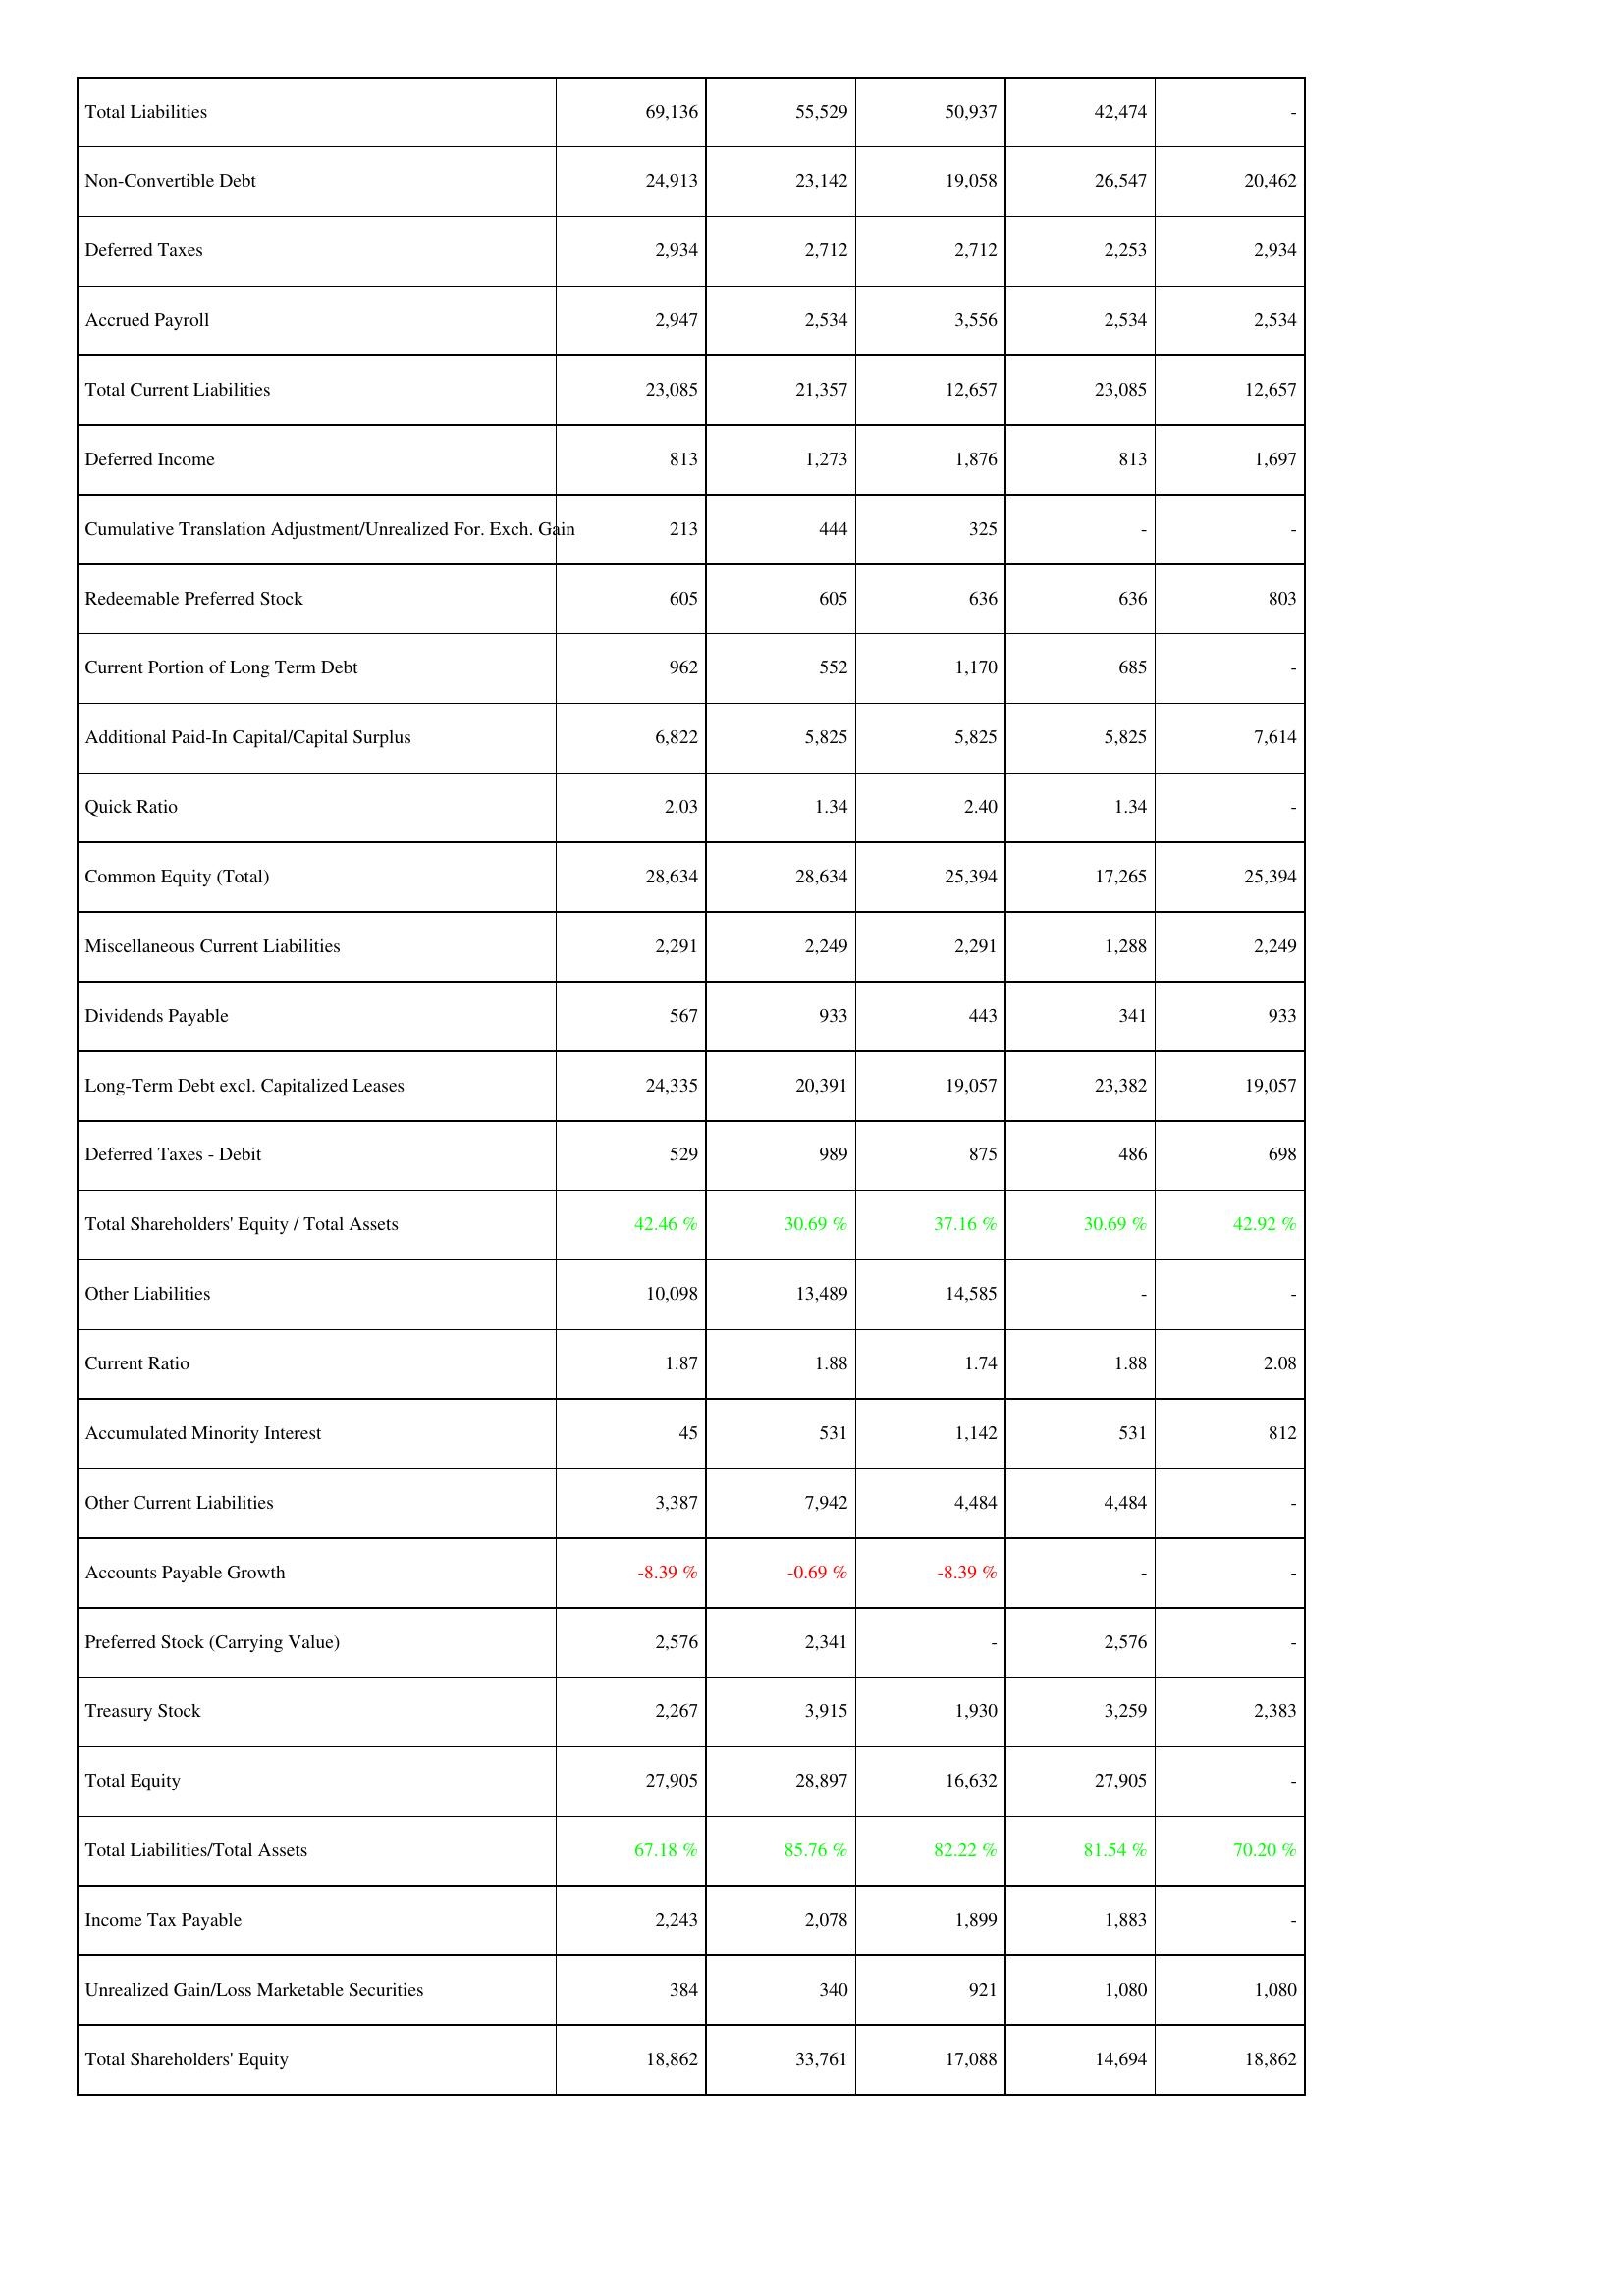
2008: Liabilities & Shareholders' Equity: Total Liabilities: 69,136
Non-Convertible Debt: 24,913
Deferred Taxes: 2,934
Accrued Payroll: 2,947
Total Current Liabilities: 23,085
Deferred Income: 813
Cumulative Translation Adjustment/Unrealized For. Exch. Gain: 213
Redeemable Preferred Stock: 605
Current Portion of Long Term Debt: 962
Additional Paid-In Capital/Capital Surplus: 6,822
Quick Ratio: 2.03
Common Equity (Total): 28,634
Miscellaneous Current Liabilities: 2,291
Dividends Payable: 567
Long-Term Debt excl. Capitalized Leases: 24,335
Deferred Taxes - Debit: 529
Total Shareholders' Equity / Total Assets: 42.46 %
Other Liabilities: 10,098
Current Ratio: 1.87
Accumulated Minority Interest: 45
Other Current Liabilities: 3,387
Accounts Payable Growth: -8.39 %
Preferred Stock (Carrying Value): 2,576
Treasury Stock: 2,267
Total Equity: 27,905
Total Liabilities/Total Assets: 67.18 %
Income Tax Payable: 2,243
Unrealized Gain/Loss Marketable Securities: 384
Total Shareholders' Equity: 18,862
2009: Liabilities & Shareholders' Equity: Total Liabilities: 55,529
Non-Convertible Debt: 23,142
Deferred Taxes: 2,712
Accrued Payroll: 2,534
Total Current Liabilities: 21,357
Deferred Income: 1,273
Cumulative Translation Adjustment/Unrealized For. Exch. Gain: 444
Redeemable Preferred Stock: 605
Current Portion of Long Term Debt: 552
Additional Paid-In Capital/Capital Surplus: 5,825
Quick Ratio: 1.34
Common Equity (Total): 28,634
Miscellaneous Current Liabilities: 2,249
Dividends Payable: 933
Long-Term Debt excl. Capitalized Leases: 20,391
Deferred Taxes - Debit: 989
Total Shareholders' Equity / Total Assets: 30.69 %
Other Liabilities: 13,489
Current Ratio: 1.88
Accumulated Minority Interest: 531
Other Current Liabilities: 7,942
Accounts Payable Growth: -0.69 %
Preferred Stock (Carrying Value): 2,341
Treasury Stock: 3,915
Total Equity: 28,897
Total Liabilities/Total Assets: 85.76 %
Income Tax Payable: 2,078
Unrealized Gain/Loss Marketable Securities: 340
Total Shareholders' Equity: 33,761
2010: Liabilities & Shareholders' Equity: Total Liabilities: 50,937
Non-Convertible Debt: 19,058
Deferred Taxes: 2,712
Accrued Payroll: 3,556
Total Current Liabilities: 12,657
Deferred Income: 1,876
Cumulative Translation Adjustment/Unrealized For. Exch. Gain: 325
Redeemable Preferred Stock: 636
Current Portion of Long Term Debt: 1,170
Additional Paid-In Capital/Capital Surplus: 5,825
Quick Ratio: 2.40
Common Equity (Total): 25,394
Miscellaneous Current Liabilities: 2,291
Dividends Payable: 443
Long-Term Debt excl. Capitalized Leases: 19,057
Deferred Taxes - Debit: 875
Total Shareholders' Equity / Total Assets: 37.16 %
Other Liabilities: 14,585
Current Ratio: 1.74
Accumulated Minority Interest: 1,142
Other Current Liabilities: 4,484
Accounts Payable Growth: -8.39 %
Preferred Stock (Carrying Value): -
Treasury Stock: 1,930
Total Equity: 16,632
Total Liabilities/Total Assets: 82.22 %
Income Tax Payable: 1,899
Unrealized Gain/Loss Marketable Securities: 921
Total Shareholders' Equity: 17,088
2011: Liabilities & Shareholders' Equity: Total Liabilities: 42,474
Non-Convertible Debt: 26,547
Deferred Taxes: 2,253
Accrued Payroll: 2,534
Total Current Liabilities: 23,085
Deferred Income: 813
Cumulative Translation Adjustment/Unrealized For. Exch. Gain: -
Redeemable Preferred Stock: 636
Current Portion of Long Term Debt: 685
Additional Paid-In Capital/Capital Surplus: 5,825
Quick Ratio: 1.34
Common Equity (Total): 17,265
Miscellaneous Current Liabilities: 1,288
Dividends Payable: 341
Long-Term Debt excl. Capitalized Leases: 23,382
Deferred Taxes - Debit: 486
Total Shareholders' Equity / Total Assets: 30.69 %
Other Liabilities: -
Current Ratio: 1.88
Accumulated Minority Interest: 531
Other Current Liabilities: 4,484
Accounts Payable Growth: -
Preferred Stock (Carrying Value): 2,576
Treasury Stock: 3,259
Total Equity: 27,905
Total Liabilities/Total Assets: 81.54 %
Income Tax Payable: 1,883
Unrealized Gain/Loss Marketable Securities: 1,080
Total Shareholders' Equity: 14,694
2012: Liabilities & Shareholders' Equity: Total Liabilities: -
Non-Convertible Debt: 20,462
Deferred Taxes: 2,934
Accrued Payroll: 2,534
Total Current Liabilities: 12,657
Deferred Income: 1,697
Cumulative Translation Adjustment/Unrealized For. Exch. Gain: -
Redeemable Preferred Stock: 803
Current Portion of Long Term Debt: -
Additional Paid-In Capital/Capital Surplus: 7,614
Quick Ratio: -
Common Equity (Total): 25,394
Miscellaneous Current Liabilities: 2,249
Dividends Payable: 933
Long-Term Debt excl. Capitalized Leases: 19,057
Deferred Taxes - Debit: 698
Total Shareholders' Equity / Total Assets: 42.92 %
Other Liabilities: -
Current Ratio: 2.08
Accumulated Minority Interest: 812
Other Current Liabilities: -
Accounts Payable Growth: -
Preferred Stock (Carrying Value): -
Treasury Stock: 2,383
Total Equity: -
Total Liabilities/Total Assets: 70.20 %
Income Tax Payable: -
Unrealized Gain/Loss Marketable Securities: 1,080
Total Shareholders' Equity: 18,862